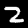
Label: 2